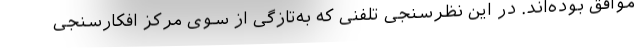
موافق بوده‌اند. در این نظرسنجی تلفنی که به‌تازگی از سوی مرکز افکارسنجی